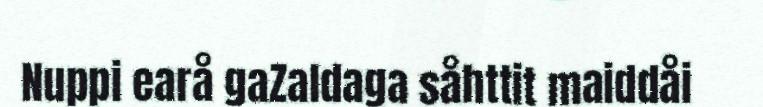
Nuppi earå gaZaldaga såhttit maiddåi